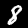
Label: 8